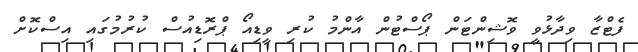
ފެޓްޒާ ވިދާޅުވީ ވޮޝިންޓަން ޕޯސްޓުން އާންމު ކުރި ވީޑިއޯ ޕްރޮޑިއުސް ކުރުމުގައި އިސްކޮށް